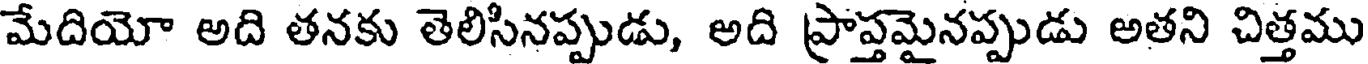
మేదియో అది తనకు తెలిసినప్పుడు, అది ప్రాప్తమైనప్పుడు అతని చిత్తము